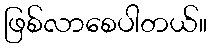
ဖြစ်လာစေပါတယ်။